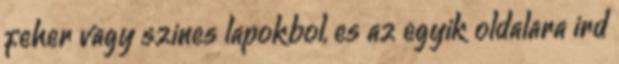
fehér vagy színes lapokból, és az egyik oldalára írd